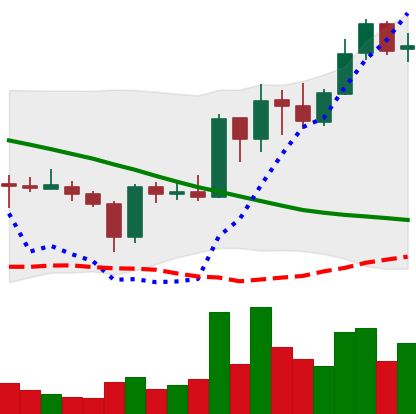
Ticker: ADA-USD
Chart end date: 2019-03-18
Forward return: 26.419%
Label: up_7plus